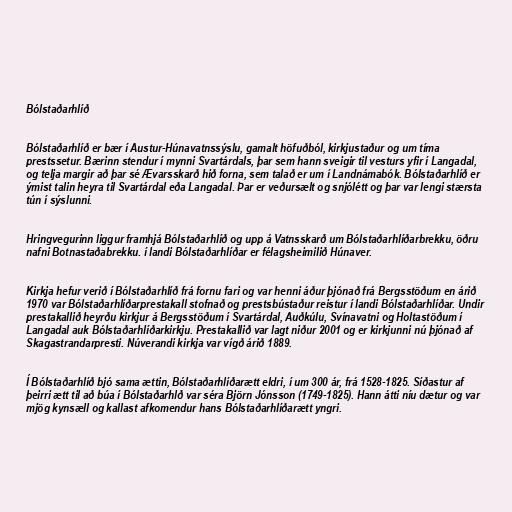
Bólstaðarhlíð

Bólstaðarhlíð er bær í Austur-Húnavatnssýslu, gamalt höfuðból, kirkjustaður og um tíma
prestssetur. Bærinn stendur í mynni Svartárdals, þar sem hann sveigir til vesturs yfir í Langadal,
og telja margir að þar sé Ævarsskarð hið forna, sem talað er um í Landnámabók. Bólstaðarhlíð er
ýmist talin heyra til Svartárdal eða Langadal. Þar er veðursælt og snjólétt og þar var lengi stærsta
tún í sýslunni.

Hringvegurinn liggur framhjá Bólstaðarhlíð og upp á Vatnsskarð um Bólstaðarhlíðarbrekku, öðru
nafni Botnastaðabrekku. í landi Bólstaðarhlíðar er félagsheimilið Húnaver.

Kirkja hefur verið í Bólstaðarhlíð frá fornu fari og var henni áður þjónað frá Bergsstöðum en árið
1970 var Bólstaðarhlíðarprestakall stofnað og prestsbústaður reistur í landi Bólstaðarhlíðar. Undir
prestakallið heyrðu kirkjur á Bergsstöðum í Svartárdal, Auðkúlu, Svínavatni og Holtastöðum í
Langadal auk Bólstaðarhlíðarkirkju. Prestakallið var lagt niður 2001 og er kirkjunni nú þjónað af
Skagastrandarpresti. Núverandi kirkja var vígð árið 1889.

Í Bólstaðarhlíð bjó sama ættin, Bólstaðarhlíðarætt eldri, í um 300 ár, frá 1528-1825. Síðastur af
þeirri ætt til að búa í Bólstaðarhlð var séra Björn Jónsson (1749-1825). Hann átti níu dætur og var
mjög kynsæll og kallast afkomendur hans Bólstaðarhlíðarætt yngri.